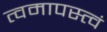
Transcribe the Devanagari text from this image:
त्वमापस्त्वं